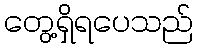
တွေ့ရှိရပေသည်